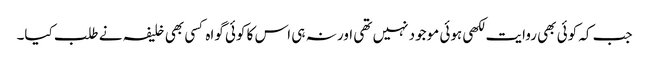
جب کہ کوئی بھی روایت لکھی ہوئی موجود نہیں تھی اور نہ ہی اس کا کوئی گواہ کسی بھی خلیفہ نے طلب کیا۔